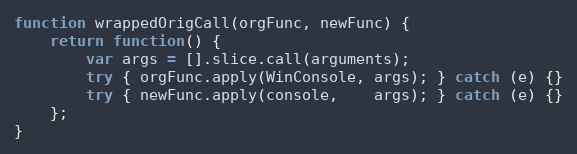
Language: JavaScript
function wrappedOrigCall(orgFunc, newFunc) {
    return function() {
        var args = [].slice.call(arguments);
        try { orgFunc.apply(WinConsole, args); } catch (e) {}
        try { newFunc.apply(console,    args); } catch (e) {}
    };
}